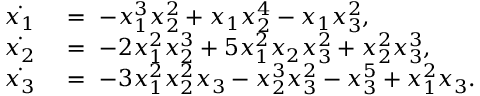
\begin{array} { r l } { \dot { x _ { 1 } } } & { \ = \ - x _ { 1 } ^ { 3 } x _ { 2 } ^ { 2 } + x _ { 1 } x _ { 2 } ^ { 4 } - x _ { 1 } x _ { 3 } ^ { 2 } , } \\ { \dot { x _ { 2 } } } & { \ = \ - 2 x _ { 1 } ^ { 2 } x _ { 2 } ^ { 3 } + 5 x _ { 1 } ^ { 2 } x _ { 2 } x _ { 3 } ^ { 2 } + x _ { 2 } ^ { 2 } x _ { 3 } ^ { 3 } , } \\ { \dot { x _ { 3 } } } & { \ = \ - 3 x _ { 1 } ^ { 2 } x _ { 2 } ^ { 2 } x _ { 3 } - x _ { 2 } ^ { 3 } x _ { 3 } ^ { 2 } - x _ { 3 } ^ { 5 } + x _ { 1 } ^ { 2 } x _ { 3 } . } \end{array}